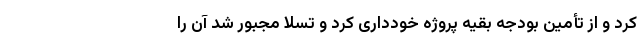
کرد و از تأمین بودجه بقیه پروژه خودداری کرد و تسلا مجبور شد آن را